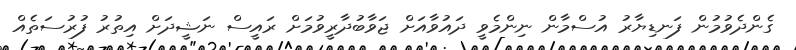
ގެންދެވުމުން ފަނޑިޔާރު އުސްމާން ނިންމެވީ ދައުވާއަށް ޖަވާބުދާރީވުމަށް ރައީސް ނަޝީދަށް އިތުރު ފުރުސަތެއް